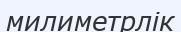
милиметрлік